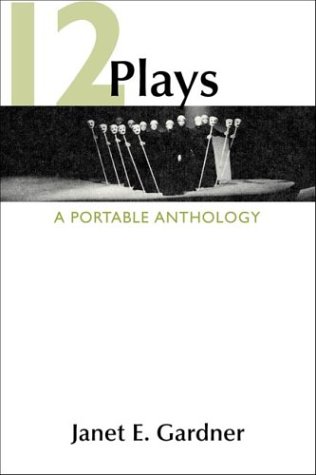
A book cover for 12 Plays: A Portable Anthology; Janet E. Gardner; Literature & Fiction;